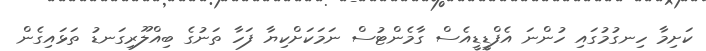
ކަށިމާ ހިނގުމުގައި ހުންނަ އެފްޑީޑީއެސް ގާމެންޓުސް ނަމަކަށްކިޔާ ފަހާ ތަނުގެ ބިއްލޫރިގަނޑު ތަޅައިގެން